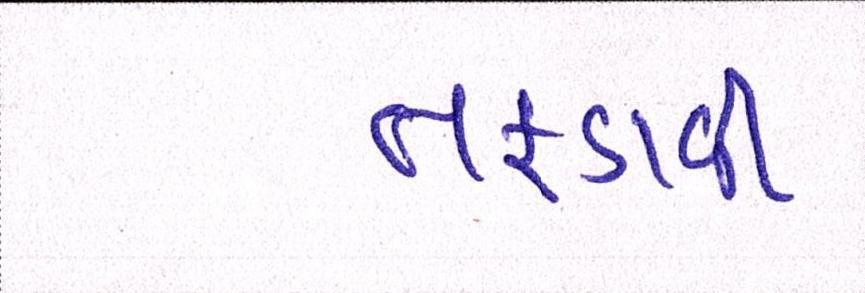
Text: તફડાવી